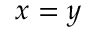
x = y